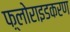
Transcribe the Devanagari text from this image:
फ़्लोराइडकरण